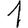
Digit: 1